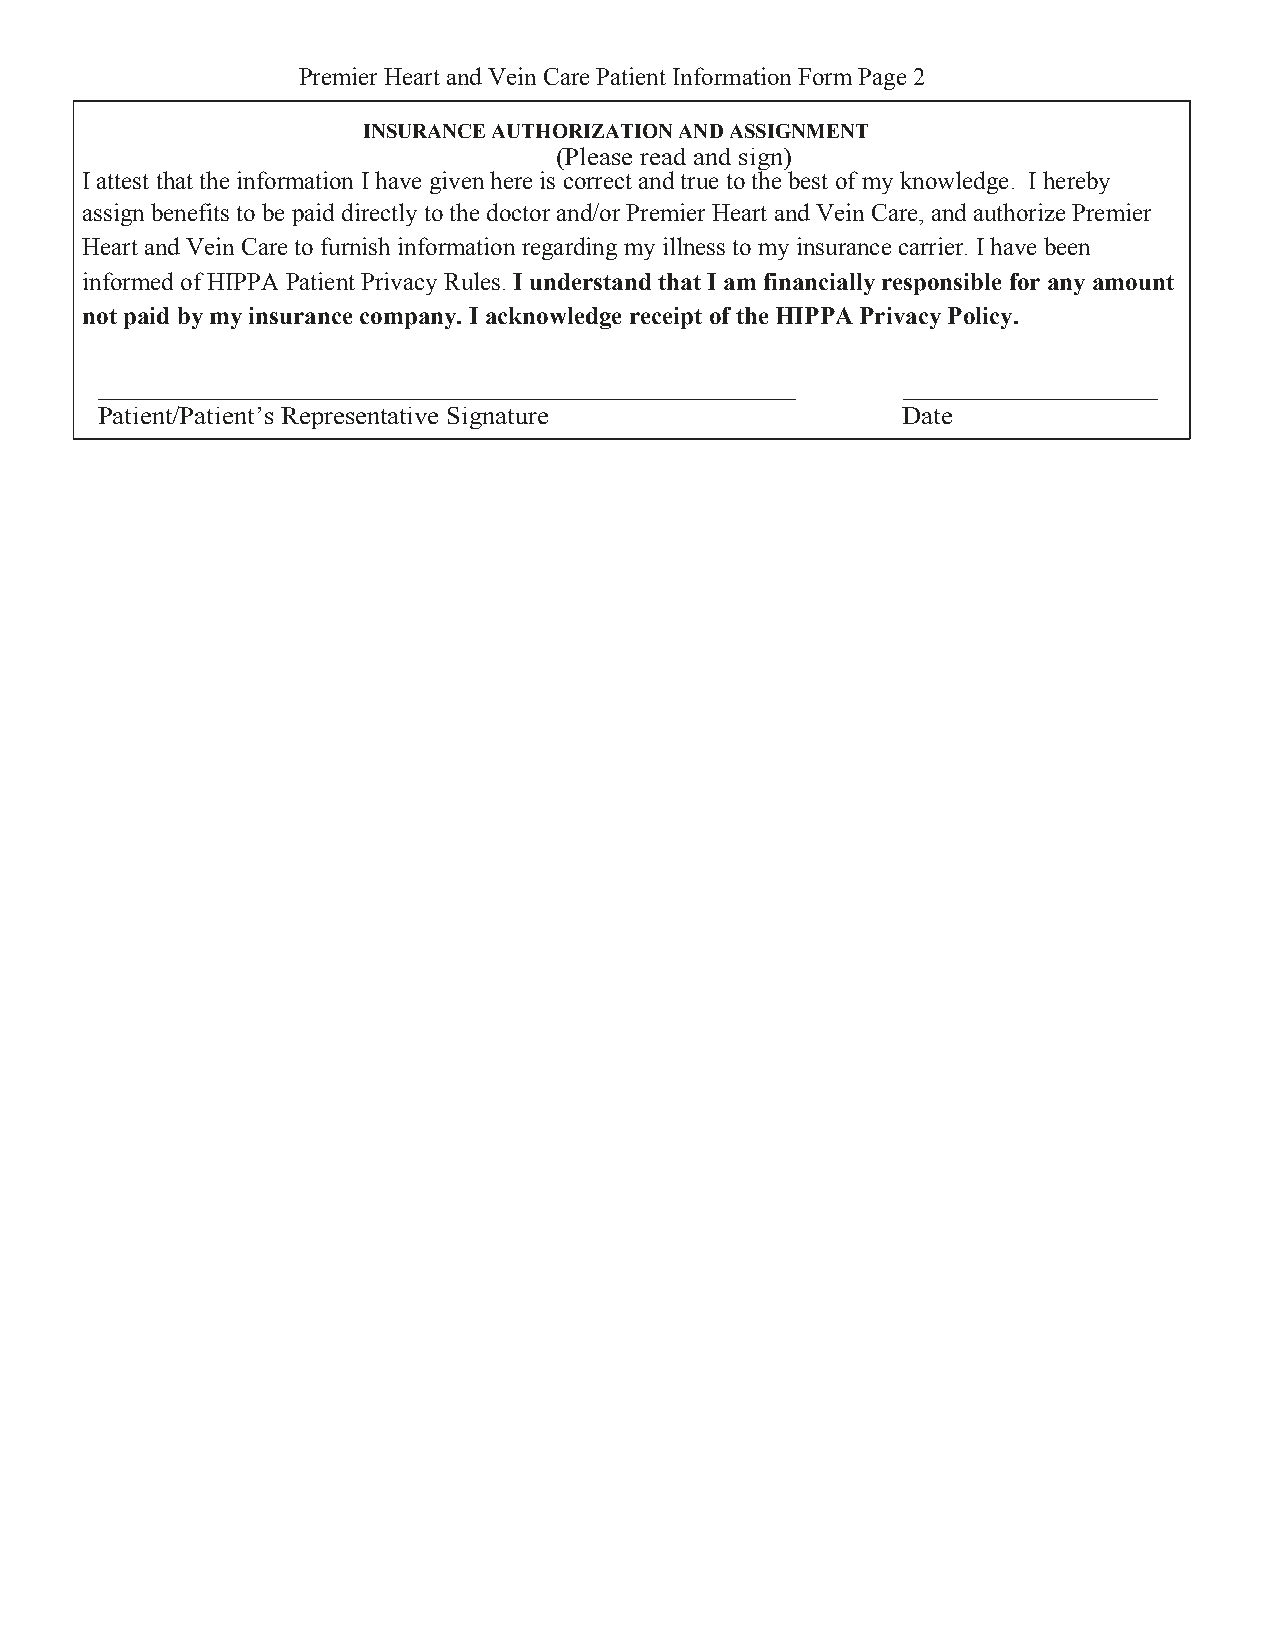
Premier Heart and Vein Care Patient Information Form Page 2
 INSURANCE AUTHORIZATION AND ASSIGNMENT
 (Please read and sign)
 I attest that the information I have given here is correct and true to the best of my knowledge. I hereby
 assign benefits to be paid directly to the doctor and/or Premier Heart and Vein Care, and authorize Premier
 Heart and Vein Care to furnish information regarding my illness to my insurance carrier. I have been
 informed of HIPPA Patient Privacy Rules. I understand that I am financially responsible for any amount
 not paid by my insurance company. I acknowledge receipt of the HIPPA Privacy Policy.
 ____________________________________________________ ___________________
 Patient/Patient’s Representative Signature           Date